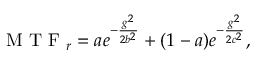
\mathrm { ~ M ~ T ~ F ~ } _ { r } = a e ^ { - \frac { g ^ { 2 } } { 2 b ^ { 2 } } } + ( 1 - a ) e ^ { - \frac { g ^ { 2 } } { 2 c ^ { 2 } } } ,